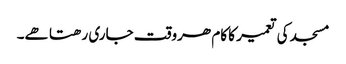
مسجد کی تعمیر کا کام ھروقت جاری رھتا ھے۔